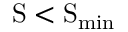
\ensuremath \mathrm { { S } } < \ensuremath \mathrm { { S } } _ { \mathrm { m i n } }